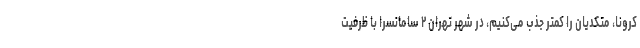
کرونا، متکدیان را کمتر جذب می‌کنیم، در شهر تهران ۲ سامانسرا با ظرفیت